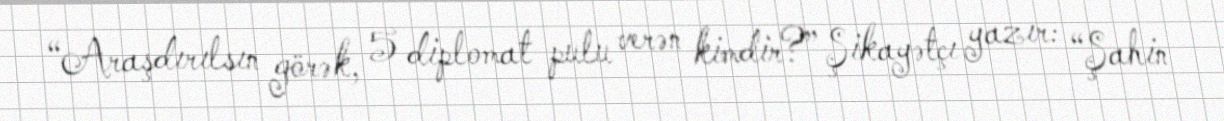
“Araşdırılsın görək, 5 diplomat pulu verən kimdir?” Şikayətçı yazır: “Şahin